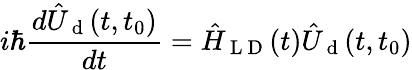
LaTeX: i\hbar\frac{d\hat{U}_{\mathrm{~d~}}(t,t_{0})}{dt}=\hat{H}_{\mathrm{~L~D~}}(t)\hat{U}_{\mathrm{~d~}}(t,t_{0})